Cholera in southern India
Disease focus: Cholera
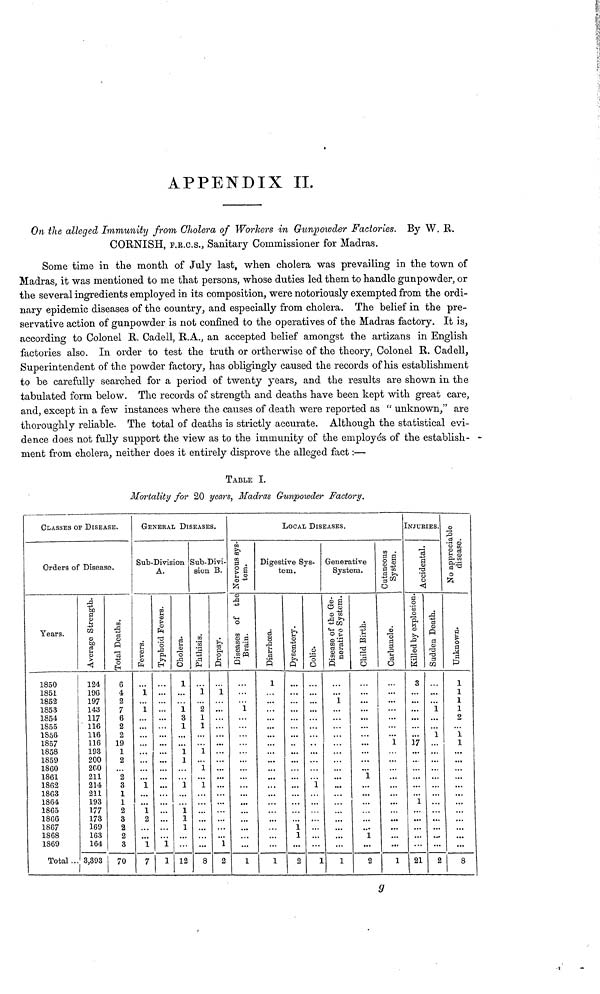
APPENDIX II.
On the alleged Immunity from Cholera of Workers in Gunpowder Factories. By W. R.
CORNISH, F.R.C.S., Sanitary Commissioner for Madras.
Some time in the month of July last, when cholera was prevailing in the town of
Madras, it was mentioned to me that persons, whose duties led them to handle gunpowder, or
the several ingredients employed in its composition, were notoriously exempted from the ordi-
nary epidemic diseases of the country, and especially from cholera. The belief in the pre-
servative action of gunpowder is not confined to the operatives of the Madras factory. It is,
according to Colonel R. Cadell, R.A., an accepted belief amongst the artizans in English
factories also. In order to test the truth or ortherwise of the theory, Colonel R. Cadell,
Superintendent of the powder factory, has obligingly caused the records of his establishment
to be carefully searched for a period of twenty years, and the results are shown in the
tabulated form below. The records of strength and deaths have been kept with great care,
and, except in a few instances where the causes of death were reported as " unknown," are
thoroughly reliable. The total of deaths is strictly accurate. Although the statistical evi-
dence does not fully support the view as to the immunity of the employés of the establish-
ment from cholera, neither does it entirely disprove the alleged fact :—
TABLE I.
Mortality for 20 years, Madras Gunpowder Factory.
CLASSES OF DISEASE.
Orders of Disease.
Years.
1850
1851
1852
1853
1854
1855
1856
1857
1858
1859
1860
1861
1862
1863
1864
1865
1866
1867
1868
1869
Total ...
Average Strength.
124
196
197
143
117
116
116
116
193
200
200
211
214
211
193
177
173
169
163
164
3,393
Total Deaths.
6
4
2
7
6
2
2
19
1
2
2
3
1
1
2
3
2
2
3
70
GENERAL DISEASES.
Sub-Division
A.
Fevers.
1
1
. .
1
1
2
1
7
Typhoid Fevers.
...
...
...
...
1
1
Cholera.
1
1
3
1
1
1
1
1
1
1
12
Sub-Divi-
sion B.
Phthisis.
1
2
1
1
1
1
1
...
8
Dropsy.
1
1
2
Nervous sys-
tom.
Diseases of the
Brain.
1
1
LOCAL DISEASES.
Digestive Sys-
tem.
Diarrhoea.
1
1
Dysentery.
1
1
2
Colic.
1
1
Generative
System.
Disease of the Ge-
nerative System.
1
1
Child Birth.
1
1
2
Cutaneous
System.
Carbuncle.
1
1
INJURIES.
Accidental.
Killed by explosion.
3
17
1
21
Sudden Death.
1
1
2
No appreciable
disease
Unknown.
1
1
1
1
2
1
1
8
9